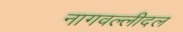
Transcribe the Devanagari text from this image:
नागवल्लीदल